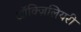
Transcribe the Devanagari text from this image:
ऑक्ज़िलियरी